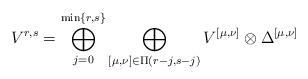
LaTeX: \begin{align*}V^{r,s} = \bigoplus_{j=0}^{\min\{ r, s\}} \bigoplus_{[\mu , \nu] \in \Pi (r-j, s-j)} V^{[\mu, \nu]} \otimes \Delta^{[\mu, \nu]}\end{align*}